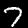
Digit: 7